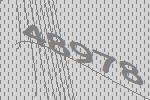
48978